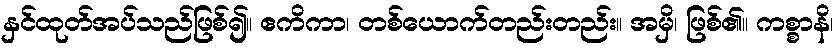
နှင်ထုတ်အပ်သည်ဖြစ်၍။ ဧကိကာ၊ တစ်ယောက်တည်းတည်း။ အမှိ၊ ဖြစ်၏။ ကစ္စာနိ၊